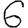
Digit: 6